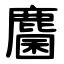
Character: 麕